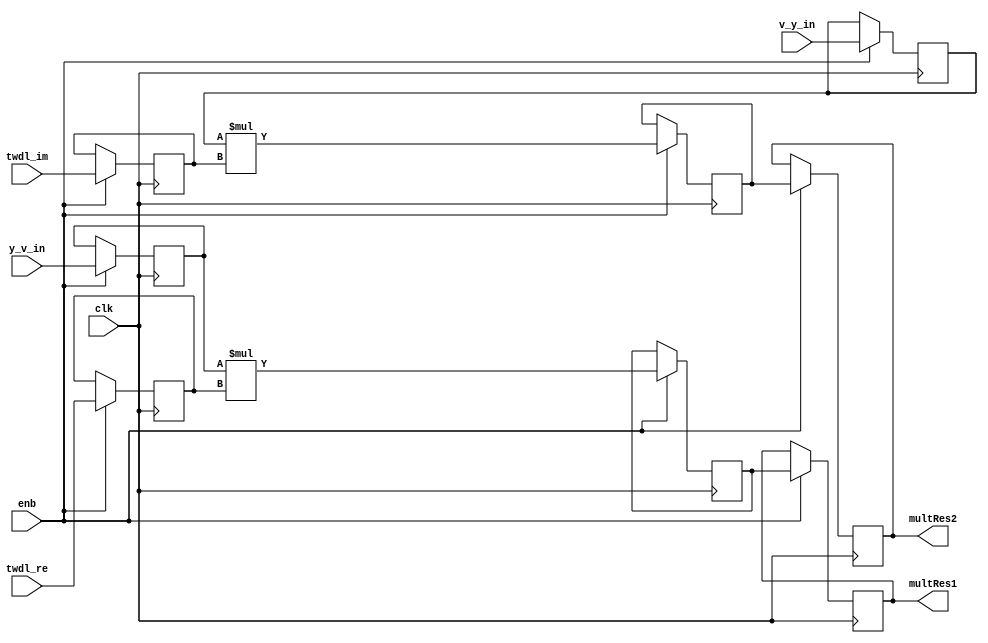
// -------------------------------------------------------------
// 
// 
// Generated by MATLAB 8.5 and HDL Coder 3.6
// 
// -------------------------------------------------------------


// -------------------------------------------------------------
// 
// Module: ComplexMultiply_block
// Source Path: fft_st/fft_st/FFT HDL Optimized/RADIX2FFT_KernelG/Radix2ButterflyG/ComplexMultiply
// Hierarchy Level: 4
// 
// -------------------------------------------------------------

`timescale 1 ns / 1 ns

module ComplexMultiply_block
          (
           clk,
           enb,
           y_v_in,
           v_y_in,
           twdl_re,
           twdl_im,
           multRes1,
           multRes2
          );


  input   clk;
  input   enb;
  input   signed [15:0] y_v_in;  // sfix16
  input   signed [15:0] v_y_in;  // sfix16
  input   signed [15:0] twdl_re;  // sfix16_En14
  input   signed [15:0] twdl_im;  // sfix16_En14
  output  signed [31:0] multRes1;  // sfix32_En14
  output  signed [31:0] multRes2;  // sfix32_En14


  reg signed [15:0] ComplexMultiply_din1_pipe1;  // sfix16
  reg signed [15:0] ComplexMultiply_din2_pipe1;  // sfix16
  reg signed [31:0] ComplexMultiply_mult1_pipe1;  // sfix32
  reg signed [31:0] ComplexMultiply_mult2_pipe1;  // sfix32
  reg signed [15:0] ComplexMultiply_twiddle_re_pipe1;  // sfix16
  reg signed [15:0] ComplexMultiply_twiddle_im_pipe1;  // sfix16
  reg signed [31:0] multRes1_1;  // sfix32_En14
  reg signed [31:0] multRes2_1;  // sfix32_En14


  // ComplexMultiply
  always @(posedge clk)
    begin : ComplexMultiply_process
      if (enb) begin
        multRes1_1 <= ComplexMultiply_mult1_pipe1;
        multRes2_1 <= ComplexMultiply_mult2_pipe1;
        ComplexMultiply_twiddle_re_pipe1 <= twdl_re;
        ComplexMultiply_twiddle_im_pipe1 <= twdl_im;
        ComplexMultiply_din1_pipe1 <= y_v_in;
        ComplexMultiply_din2_pipe1 <= v_y_in;
        ComplexMultiply_mult1_pipe1 <= ComplexMultiply_din1_pipe1 * ComplexMultiply_twiddle_re_pipe1;
        ComplexMultiply_mult2_pipe1 <= ComplexMultiply_din2_pipe1 * ComplexMultiply_twiddle_im_pipe1;
      end
    end



  assign multRes1 = multRes1_1;

  assign multRes2 = multRes2_1;

endmodule  // ComplexMultiply_block